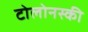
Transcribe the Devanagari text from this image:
टोलोनस्की